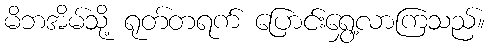
မိဘအိမ်သို့ ရုတ်တရက် ပြောင်းရွှေ့လာကြသည်။